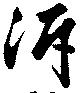
泝